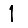
Digit: 1